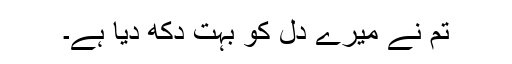
تم نے میرے دل کو بہت دُکھ دیا ہے۔